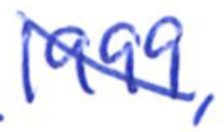
Text: 1999,
Cross-out: diagonal
Writing tool: ballpoint